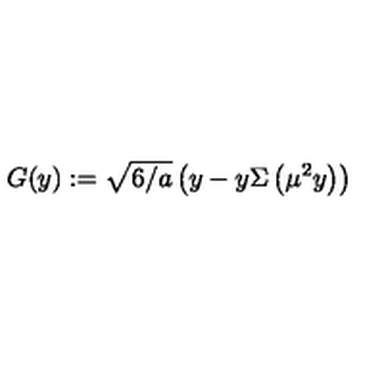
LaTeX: G ( y ) : = \sqrt { 6 / a } \left( y - y \Sigma \left( \mu ^ { 2 } y \right) \right)